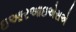
ઇઆરઆઇએસએ